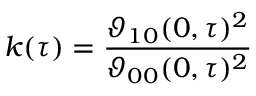
k ( \tau ) = { \frac { \vartheta _ { 1 0 } ( 0 , \tau ) ^ { 2 } } { \vartheta _ { 0 0 } ( 0 , \tau ) ^ { 2 } } }